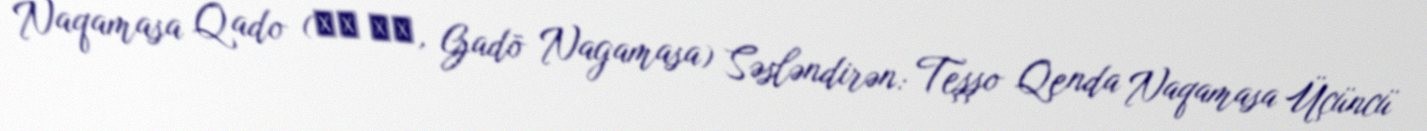
Naqamasa Qado (我堂 長政, Gadō Nagamasa) Səsləndirən: Teşşo Qenda Naqamasa Üçüncü